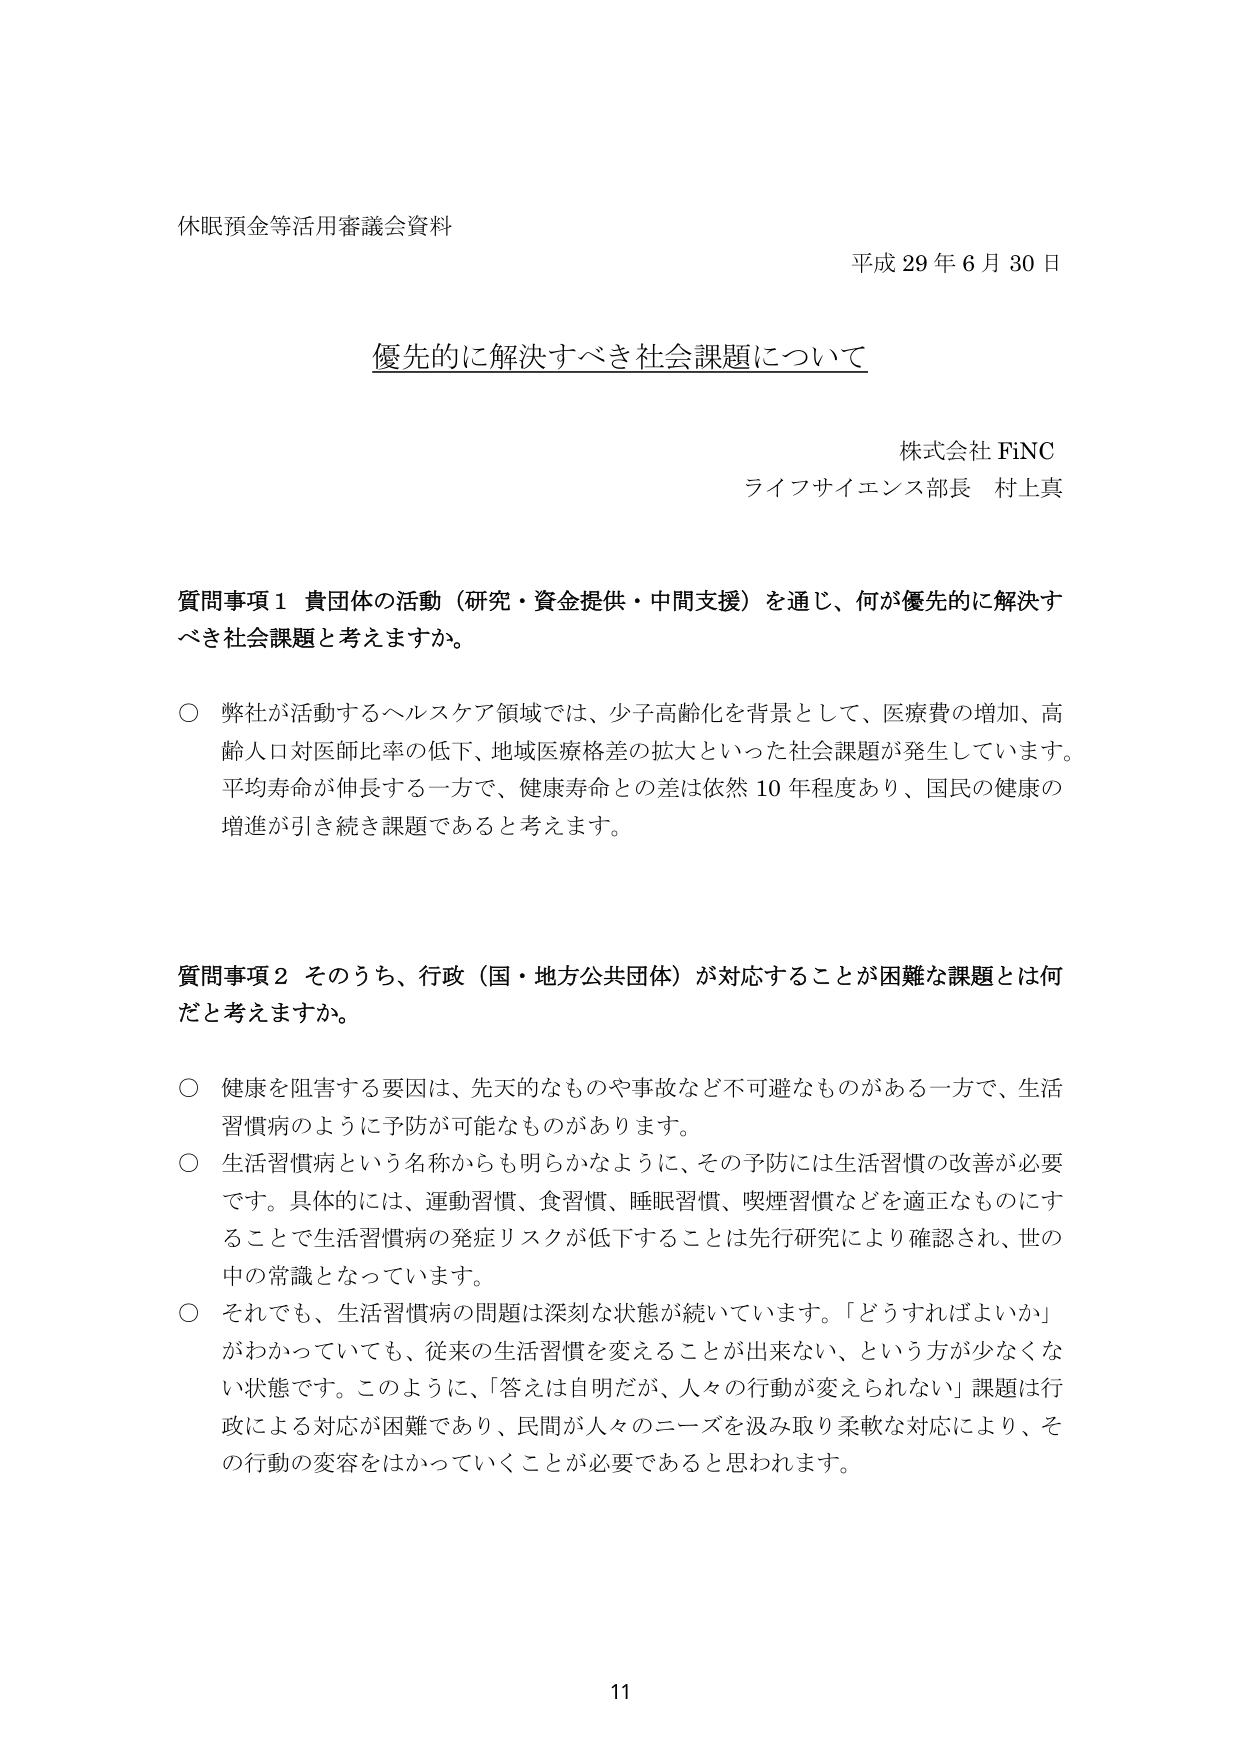
休眠預金等活用審議会資料
平成29年6月30日

優先的に解決すべき社会課題について

株式会社 FiNC
ライフサイエンス部長 村上真

質問事項1 貴団体の活動（研究・資金提供・中間支援）を通じ、何が優先的に解決すべき社会課題と考えますか。

○ 弊社が活動するヘルスケア領域では、少子高齢化を背景として、医療費の増加、高齢人口対医師比率の低下、地域医療格差の拡大といった社会課題が発生しています。平均寿命が伸長する一方で、健康寿命との差は依然10年程度あり、国民の健康の増進が引き続き課題であると考えます。

質問事項2 そのうち、行政（国・地方公共団体）が対応することが困難な課題とは何だと考えますか。

○ 健康を阻害する要因は、先天的なものや事故など不可避なものがある一方で、生活習慣病のように予防が可能なものがあります。
○ 生活習慣病という名称からも明らかなように、その予防には生活習慣の改善が必要です。具体的には、運動習慣、食習慣、睡眠習慣、喫煙習慣などを適正なものにすることで生活習慣病の発症リスクが低下することは先行研究により確認され、世の中の常識となっています。
○ それでも、生活習慣病の問題は深刻な状態が続いています。「どうすればよいか」がわかっていても、従来の生活習慣を変えることが出来ない、という方が少なくない状態です。このように、「答えは自明だが、人々の行動が変えられない」課題は行政による対応が困難であり、民間が人々のニーズを汲み取り柔軟な対応により、その行動の変容をはかっていくことが必要であると思われます。

11